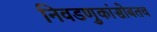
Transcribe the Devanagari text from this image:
निवडणुकांसोबतच